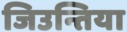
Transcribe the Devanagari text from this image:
जिउन्तिया